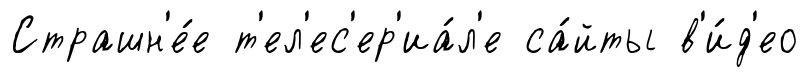
Страшн'е́е т'ел'ес'ер'иа́л'е са́йты в'и́д'ео